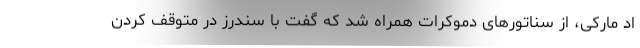
اد مارکی، از سناتورهای دموکرات همراه شد که گفت با سندرز در متوقف کردن